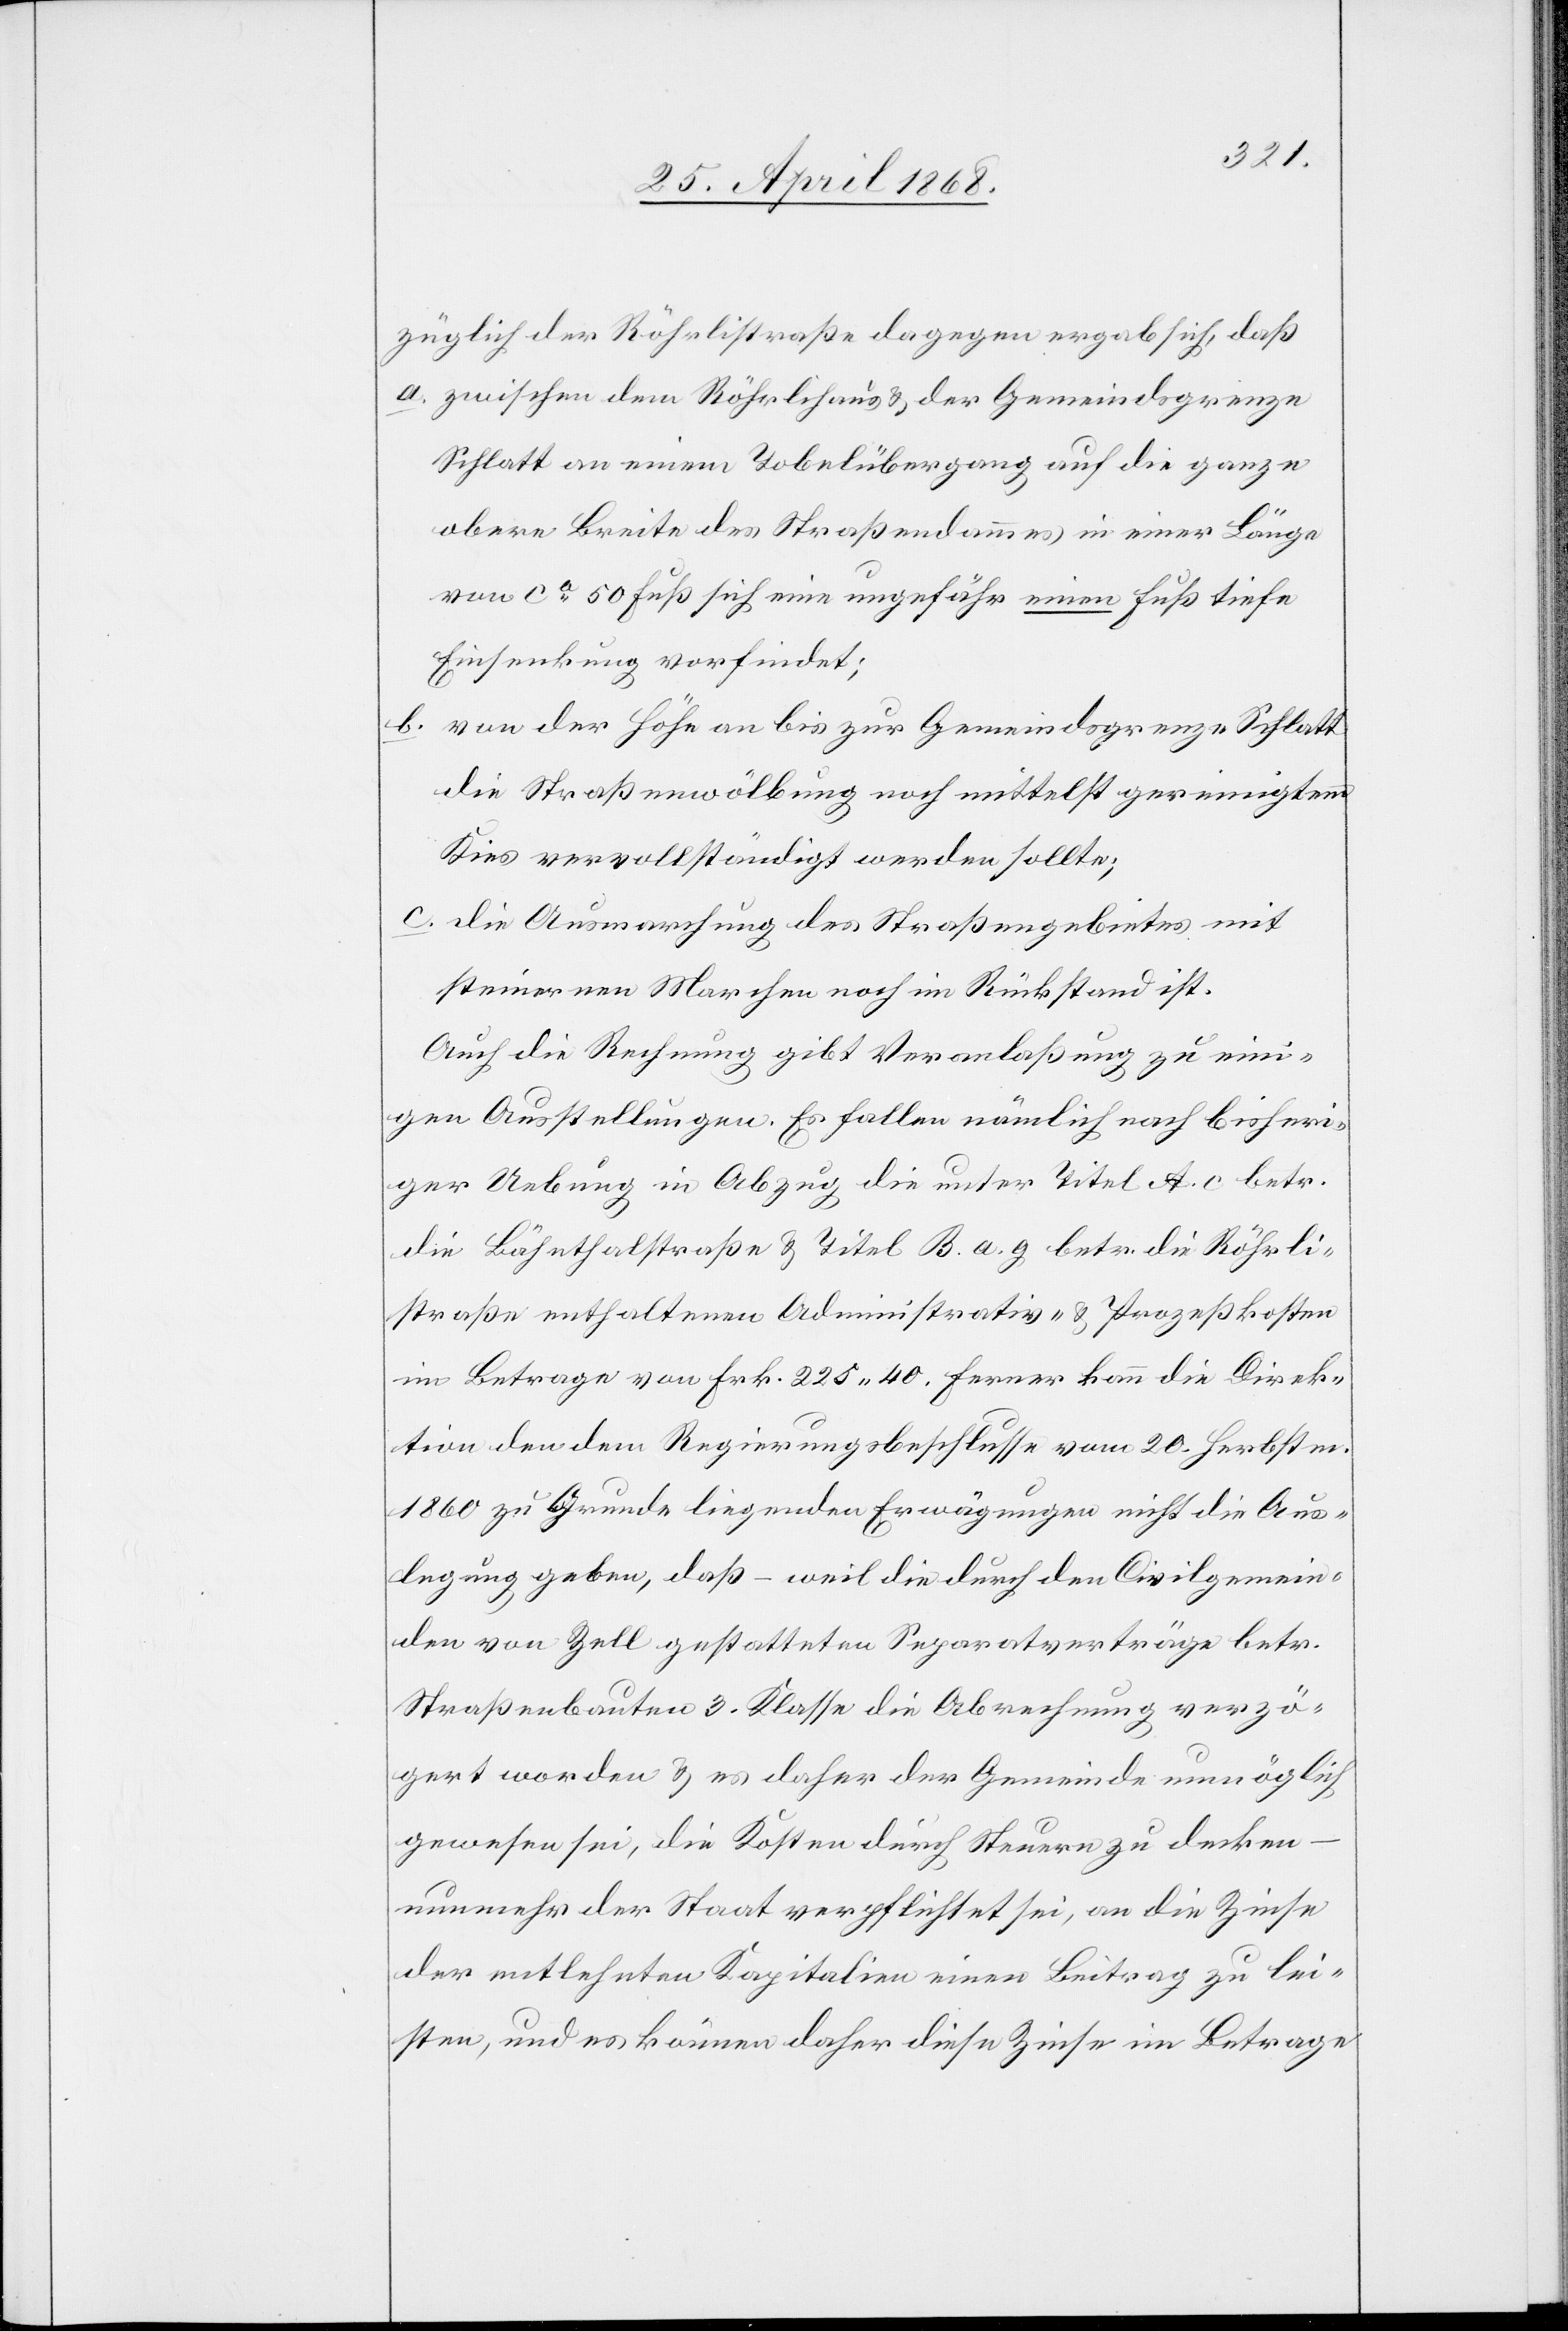
züglich der Röhrlistraße dagegen ergab sich, daß
zwischen dem Röhrlihaus & der Gemeindsgrenze
Schlatt an einem Tobelübergang auf die ganze
obere Breite des Straßendammes in einer Länge
von ca. 50 Fuß sich eine ungefähr einen Fuß tiefe
Einsenkung vorfindet;
von der Höhe an bis zur Gemeindsgrenze Schlatt
die Straßenwölbung noch mittelst gereinigtem
Kies vervollständigt werden sollte;
die Ausmarchung des Straßengebietes mit
steinernen Marchen noch im Rückstand ist.
Auch die Rechnung gibt Veranlaßung zu eini¬
gen Ausstellungen. Es fallen nämlich nach bisheri¬
ger Uebung in Abzug die unter Titel A. c betr.
die Bähnthalstraße & Titel B. a. g betr. die Röhrli¬
straße enthaltenen Administrativ- & Prozeßkosten
im Betrage von Frk. 225. 40. Ferner kann die Direk¬
tion den dem Regierungsbeschlusse vom 20. Herbstm.
1860 zu Grunde liegenden Erwägungen nicht die Aus¬
legung geben, daß – weil die durch den Civilgemein¬
den von Zell gestatteten Separatverträge betr.
Straßenbauten 3. Klasse die Abrechnung verzö¬
gert worden & es daher der Gemeinde unmöglich
gewesen sei, die Kosten durch Steuern zu decken
nunmehr der Staat verpflichtet sei, an die Zinse
der entlehnten Kapitalien einen Beitrag zu lei¬
sten, und es können daher diese Zinse im Betrage